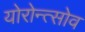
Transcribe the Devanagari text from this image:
योरोन्त्सोव